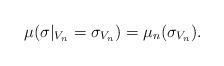
LaTeX: \begin{align*}\mu(\sigma|_{V_n}=\sigma_{V_n})=\mu_{n}(\sigma_{V_n}).\end{align*}